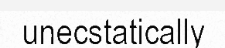
unecstatically